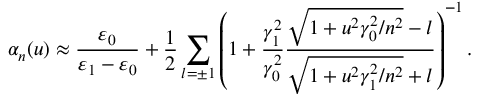
\alpha _ { n } ( u ) \approx \frac { \varepsilon _ { 0 } } { \varepsilon _ { 1 } - \varepsilon _ { 0 } } + \frac { 1 } { 2 } \sum _ { l = \pm 1 } \left( 1 + \frac { \gamma _ { 1 } ^ { 2 } } { \gamma _ { 0 } ^ { 2 } } \frac { \sqrt { 1 + u ^ { 2 } \gamma _ { 0 } ^ { 2 } / n ^ { 2 } } - l } { \sqrt { 1 + u ^ { 2 } \gamma _ { 1 } ^ { 2 } / n ^ { 2 } } + l } \right) ^ { - 1 } .